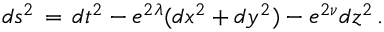
d s ^ { 2 } \, = \, d t ^ { 2 } - e ^ { 2 \lambda } ( d x ^ { 2 } + d y ^ { 2 } ) - e ^ { 2 \nu } d z ^ { 2 } \, .